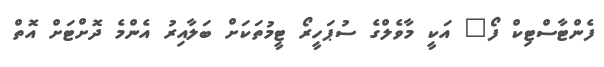
ފެންޓާސްޓިކް ފޯ" އަކީ މާވެލްގެ ސުޕަހީރޯ ޓީމުތަކަށް ބަލާއިރު އެންމެ ދޮށްޓަށް އޮތް